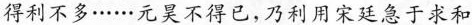
得利不多……元昊不得已，乃利用宋廷急于求和